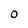
Character: 0